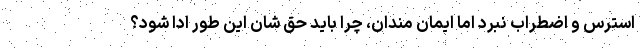
استرس و اضطراب نبرد اما ایمان مندان، چرا باید حق شان این طور ادا شود؟